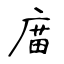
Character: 庿